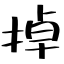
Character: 掉